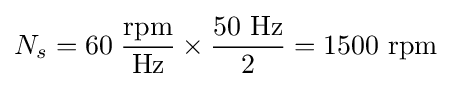
N_{s}=60\;{\frac {\text{rpm}}{\text{Hz}}}\times {\frac {50{\text{ Hz}}}{2}}=1500\,\,{\text{rpm}}